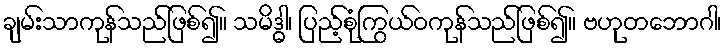
ချမ်းသာကုန်သည်ဖြစ်၍။ သမိဒ္ဓါ၊ ပြည့်စုံကြွယ်ဝကုန်သည်ဖြစ်၍။ ဗဟုတဘောဂါ၊